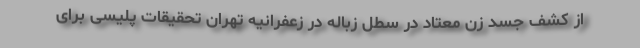
از کشف جسد زن معتاد در سطل زباله در زعفرانیه تهران تحقیقات پلیسی برای